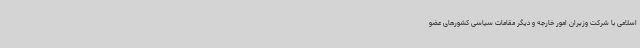
اسلامی با شرکت وزیران امور خارجه و دیگر مقامات سیاسی کشورهای عضو